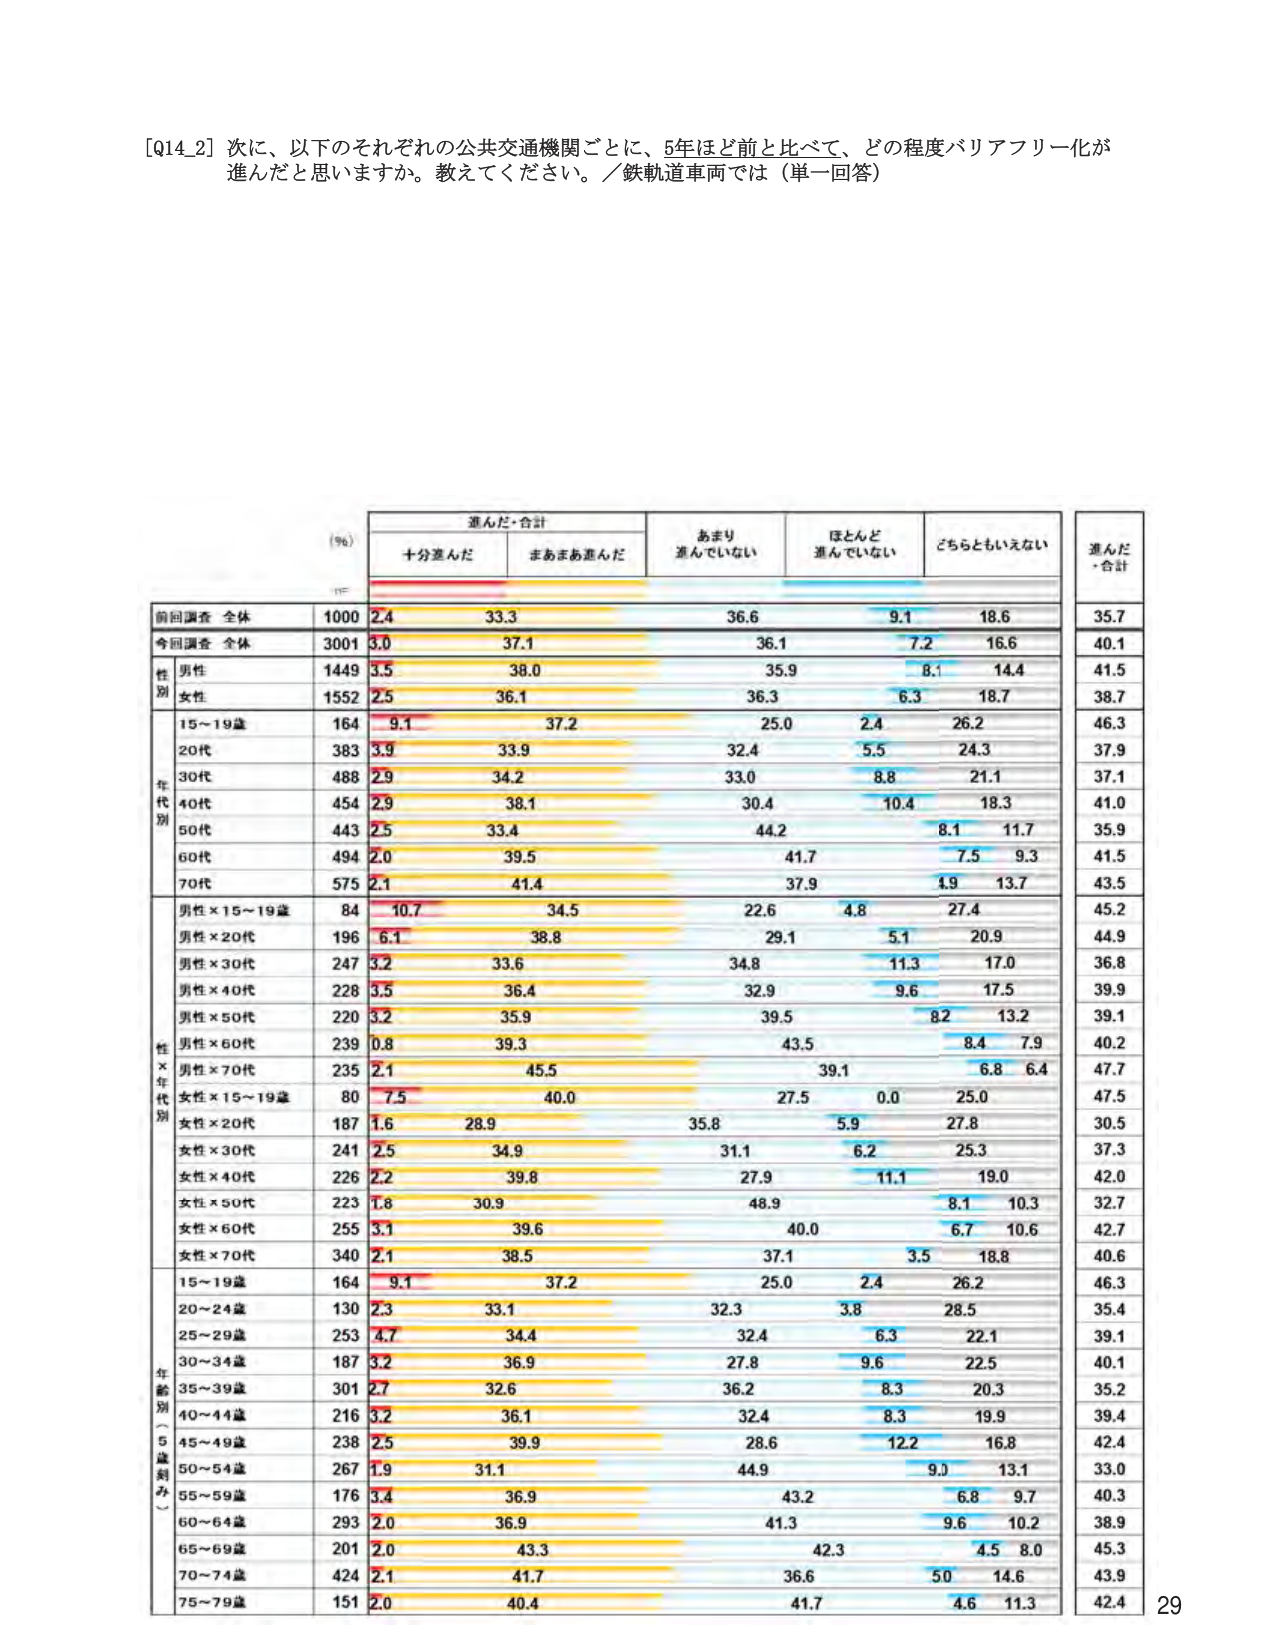
[Q14_2] 次に、以下のそれぞれの公共交通機関ごとに、5年ほど前と比べて、どの程度バリアフリー化が進んだと思いますか。教えてください。／鉄軌道車両では（単一回答）

(%)
進んだ・合計
十分進んだ
まあまあ進んだ
あまり進んでいない
ほとんど進んでいない
どちらともいえない
進んだ・合計

前回調査 全体
1000
2.4
33.3
36.6
9.1
18.6
35.7

今回調査 全体
3001
3.0
37.1
36.1
7.2
16.6
40.1

性別
男性
1449
3.5
38.0
35.9
8.1
14.4
41.5

女性
1552
2.5
36.1
36.3
6.3
18.7
38.7

年代別
15～19歳
164
9.1
37.2
25.0
2.4
26.2
46.3

20代
383
3.9
33.9
32.4
5.5
24.3
37.9

30代
488
2.9
34.2
33.0
8.8
21.1
37.1

40代
454
2.9
38.1
30.4
10.4
18.3
41.0

50代
443
2.5
33.4
44.2
8.1
11.7
35.9

60代
494
2.0
39.5
41.7
7.5
9.3
41.5

70代
575
2.1
41.4
37.9
4.9
13.7
43.5

性×年代別
男性×15～19歳
84
10.7
34.5
22.6
4.8
27.4
45.2

男性×20代
196
6.1
38.8
29.1
5.1
20.9
44.9

男性×30代
247
3.2
33.6
34.8
11.3
17.0
36.8

男性×40代
228
3.5
36.4
32.9
9.6
17.5
39.9

男性×50代
220
3.2
35.9
39.5
8.2
13.2
39.1

男性×60代
239
0.8
39.3
43.5
8.4
7.9
40.2

男性×70代
235
2.1
45.5
39.1
6.8
6.4
47.7

女性×15～19歳
80
7.5
40.0
27.5
0.0
25.0
47.5

女性×20代
187
1.6
28.9
35.8
5.9
27.8
30.5

女性×30代
241
2.5
34.9
31.1
6.2
25.3
37.3

女性×40代
226
2.2
39.8
27.9
11.1
19.0
42.0

女性×50代
223
1.8
30.9
48.9
8.1
10.3
32.7

女性×60代
255
3.1
39.6
40.0
6.7
10.6
42.7

女性×70代
340
2.1
38.5
37.1
3.5
18.8
40.6

年齢別（5歳刻み）
15～19歳
164
9.1
37.2
25.0
2.4
26.2
46.3

20～24歳
130
2.3
33.1
32.3
3.8
28.5
35.4

25～29歳
253
4.7
34.4
32.4
6.3
22.1
39.1

30～34歳
187
3.2
36.9
27.8
9.6
22.5
40.1

35～39歳
301
2.7
32.6
36.2
8.3
20.3
35.2

40～44歳
216
3.2
36.1
32.4
8.3
19.9
39.4

45～49歳
238
2.5
39.9
28.6
12.2
16.8
42.4

50～54歳
267
1.9
31.1
44.9
9.0
13.1
33.0

55～59歳
176
3.4
36.9
43.2
6.8
9.7
40.3

60～64歳
293
2.0
36.9
41.3
9.6
10.2
38.9

65～69歳
201
2.0
43.3
42.3
4.5
8.0
45.3

70～74歳
424
2.1
41.7
36.6
5.0
14.6
43.9

75～79歳
151
2.0
40.4
41.7
4.6
11.3
42.4

29